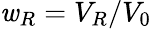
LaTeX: \mathit{w}_{R}=V_{R}/V_{0}